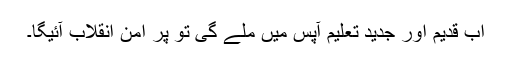
اب قدیم اور جدید تعلیم آپس میں ملے گی تو پُر امن انقلاب آئیگا۔